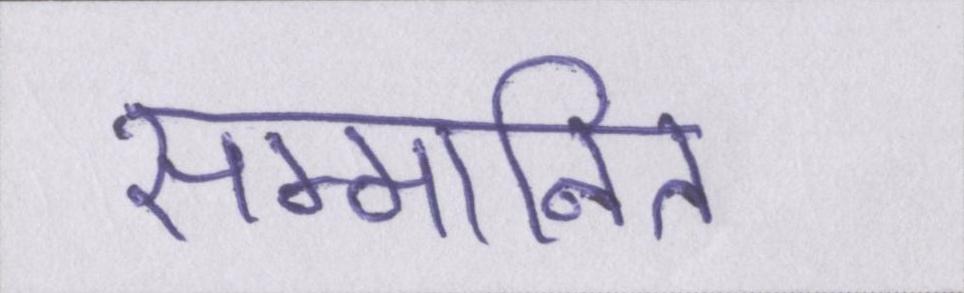
सम्मानित